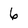
Character: 6